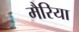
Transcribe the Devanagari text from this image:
मैरिया